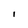
Character: l